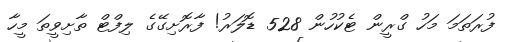
ފުރަތަމަ މަހު ގްރީން ޓެކުހުން 528 ޑޮލަރު! ފާރޮށިގޭގެ ލިފްޓް ތާށިވީތަ މީހާ